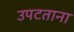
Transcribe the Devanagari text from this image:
उपटताना